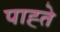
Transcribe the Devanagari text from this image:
पाह्ते